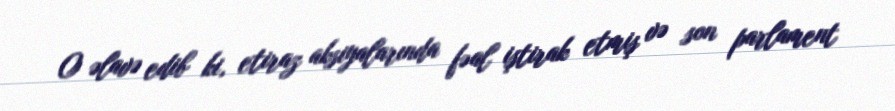
O əlavə edib ki, etiraz aksiyalarında fəal iştirak etmiş və son parlament